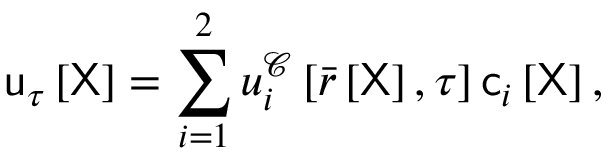
\mathsf { u } _ { \tau } \left[ \mathsf { X } \right] = \sum _ { i = 1 } ^ { 2 } u _ { i } ^ { \mathcal { C } } \left[ \bar { r } \left[ \mathsf { X } \right] , \tau \right] \mathsf { c } _ { i } \left[ \mathsf { X } \right] ,